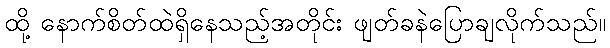
ထို့ နောက်စိတ်ထဲရှိနေသည့်အတိုင်း ဖျတ်ခနဲပြောချလိုက်သည်။